Report of the Indian Hemp Drugs Commission, 1894-1895 - Volume III
Year: 1894
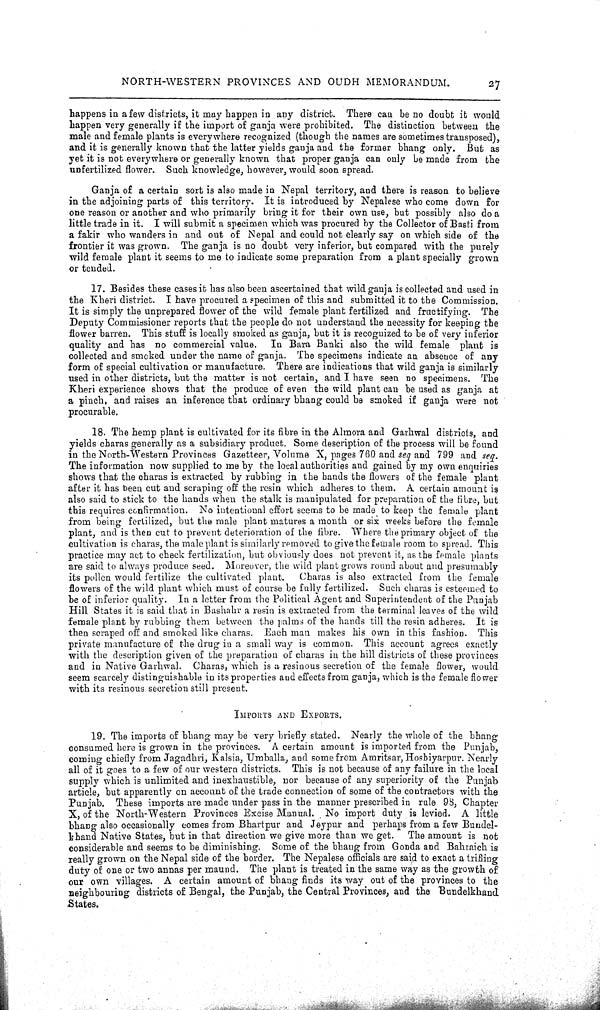
NORTH-WESTERN PROVINCES AND OUDH MEMORANDUM.
27
happens in a few districts, it may happen in any district. There can be no doubt it would
happen very generally if the import of ganja were prohibited. The distinction between the
male and female plants is everywhere recognized (though the names are sometimes transposed),
and it is generally known that the latter yields ganja and the former bhang only. But as
yet it is not everywhere or generally known that proper ganja can only be made from the
unfertilized flower. Such knowledge, however, would soon spread.
Ganja of a certain sort is also made in Nepal territory, and there is reason to believe
in the adjoining parts of this territory. It is introduced by Nepalese who come down for
one reason or another and who primarily bring it for their own use, but possibly also do a
little trade in it. I will submit a specimen which was procured by the Collector of Basti from
a fakir who wanders in and out of Nepal and could not clearly say on which side of the
frontier it was grown. The ganja is no doubt very inferior, but compared with the purely
wild female plant it seems to me to indicate some preparation from a plant specially grown
or tended.
17. Besides these cases it has also been ascertained that wild ganja is collected and used in
the Kheri district. I have procured a specimen of this and submitted it to the Commission.
It is simply the unprepared flower of the wild female plant fertilized and fructifying. The
Deputy Commissioner reports that the people do not understand the necessity for keeping the
flower barren. This stuff is locally smoked as ganja, but it is recognized to be of very inferior
quality and has no commercial value. In Bara Banki also the wild female plant is
collected and smoked under the name of ganja. The specimens indicate an absence of any
form of special cultivation or manufacture. There are indications that wild ganja is similarly
used in other districts, but the matter is not certain, and I have seen no specimens. The
Kheri experience shows that the produce of even the wild plant can be used as ganja at
a pinch, and raises an inference that ordinary bhang could be smoked if ganja were not
procurable.
18. The hemp plant is cultivated for its fibre in the Almora and Garhwal districts, and
yields charas generally as a subsidiary product. Some description of the process will be found
in the North-Western Provinces Gazetteer, Volume X, pages 760 and seq and 799 and seq.
The information now supplied to me by the local authorities and gained by my own enquiries
shows that the charas is extracted by rubbing in the hands the flowers of the female plant
after it has been cut and scraping off the resin which adheres to them. A certain amount is
also said to stick to the hands when the stalk is manipulated for preparation of the fibre, but
this requires confirmation. No intentional effort seems to be made to keep the female plant
from being fertilized, but the male plant matures a month or six weeks before the female
plant, and is then cut to prevent deterioration of the fibre. Where the primary object of the
cultivation is charas, the male plant is similarly removed to give the female room to spread. This
practice may act to check fertilization, but obviously does not prevent it, as the female plants
are said to always produce seed. Moreover, the wild plant grows round about and presumably
its pollen would fertilize the cultivated plant. Charas is also extracted from the female
flowers of the wild plant which must of course be fully fertilized. Such charas is esteemed to
be of inferior quality. In a letter from the Political Agent and Superintendent of the Punjab
Hill States it is said that in Bashahr a resin is extracted from the terminal leaves of the wild
female plant by rubbing them between the palms of the hands till the resin adheres. It is
then scraped off and smoked like charas. Each man makes his own in this fashion. This
private manufacture of the drug in a small way is common. This account agrees exactly
with the description given of the preparation of charas in the hill districts of these provinces
and in Native Garhwal. Charas, which is a resinous secretion of the female flower, would
seem scarcely distinguishable in its properties and effects from ganja, which is the female flower
with its resinous secretion still present.
IMPORTS AND EXPORTS.
19. The imports of bhang may be very briefly stated. Nearly the whole of the bhang
consumed here is grown in the provinces. A certain amount is imported from the Punjab,
coming chiefly from Jagadhri, Kalsia, Umballa, and some from Amritsar, Hosbiyarpur. Nearly
all of it goes to a few of our western districts. This is not because of any failure in the local
supply which is unlimited and inexhaustible, nor because of any superiority of the Punjab
article, but apparently on account of the trade connection of some of the contractors with the
Punjab. These imports are made under pass in the manner prescribed in rule 98, Chapter
X, of the North-Western Provinces Excise Manual. No import duty is levied. A little
bhang also occasionally comes from Bhartpur and Jeypur and perhaps from a few Bundel-
khand Native States, but in that direction we give more than we get. The amount is not
considerable and seems to be diminishing. Some of the bhang from Gonda and Bahraich is
really grown on the Nepal side of the border. The Nepalese officials are said to exact a trifling
duty of one or two annas per maund. The plant is treated in the same way as the growth of
our own villages. A certain amount of bhang finds its way out of the provinces to the
neighbouring districts of Bengal, the Punjab, the Central Provinces, and the Bundelkhand
States.